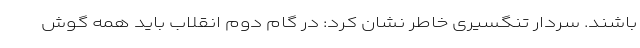
باشند. سردار تنگسیری خاطر نشان کرد: در گام دوم انقلاب باید همه گوش